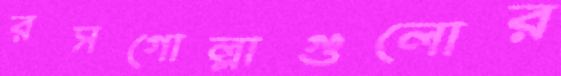
রসগোল্লাগুলোর